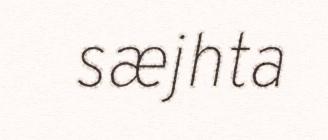
sæjhta